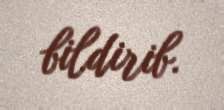
bildirib.